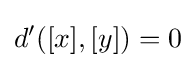
d'([x],[y])=0